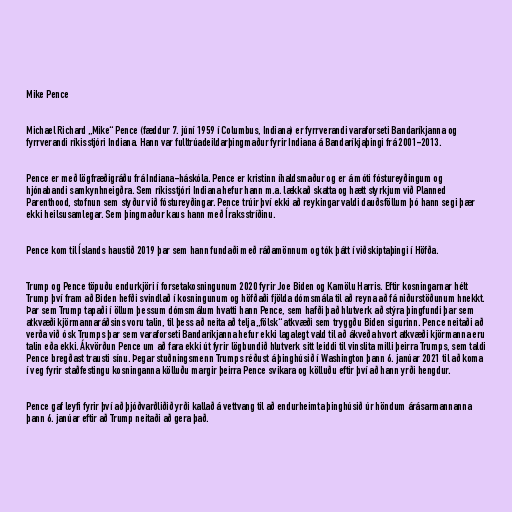
Mike Pence

Michael Richard „Mike“ Pence (fæddur 7. júní 1959 í Columbus, Indiana) er fyrrverandi varaforseti Bandaríkjanna og
fyrrverandi ríkisstjóri Indiana. Hann var fulltrúadeildarþingmaður fyrir Indiana á Bandaríkjaþingi frá 2001-2013.

Pence er með lögfræðigráðu frá Indiana-háskóla. Pence er kristinn íhaldsmaður og er á móti fóstureyðingum og
hjónabandi samkynhneigðra. Sem ríkisstjóri Indiana hefur hann m.a. lækkað skatta og hætt styrkjum við Planned
Parenthood, stofnun sem styður við fóstureyðingar. Pence trúir því ekki að reykingar valdi dauðsföllum þó hann segi þær
ekki heilsusamlegar. Sem þingmaður kaus hann með Íraksstríðinu.

Pence kom til Íslands haustið 2019 þar sem hann fundaði með ráðamönnum og tók þátt í viðskiptaþingi í Höfða.

Trump og Pence töpuðu endurkjöri í forsetakosningunum 2020 fyrir Joe Biden og Kamölu Harris. Eftir kosningarnar hélt
Trump því fram að Biden hefði svindlað í kosningunum og höfðaði fjölda dómsmála til að reyna að fá niðurstöðunum hnekkt.
Þar sem Trump tapaði í öllum þessum dómsmálum hvatti hann Pence, sem hafði það hlutverk að stýra þingfundi þar sem
atkvæði kjörmannaráðsins voru talin, til þess að neita að telja „fölsk“ atkvæði sem tryggðu Biden sigurinn. Pence neitaði að
verða við ósk Trumps þar sem varaforseti Bandaríkjanna hefur ekki lagalegt vald til að ákveða hvort atkvæði kjörmanna eru
talin eða ekki. Ákvörðun Pence um að fara ekki út fyrir lögbundið hlutverk sitt leiddi til vinslita milli þeirra Trumps, sem taldi
Pence bregðast trausti sínu. Þegar stuðningsmenn Trumps réðust á þinghúsið í Washington þann 6. janúar 2021 til að koma
í veg fyrir staðfestingu kosninganna kölluðu margir þeirra Pence svikara og kölluðu eftir því að hann yrði hengdur.

Pence gaf leyfi fyrir því að þjóðvarðliðið yrði kallað á vettvang til að endurheimta þinghúsið úr höndum árásarmannanna
þann 6. janúar eftir að Trump neitaði að gera það.